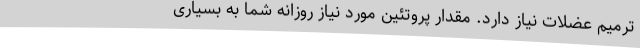
ترمیم عضلات نیاز دارد. مقدار پروتئین مورد نیاز روزانه شما به بسیاری